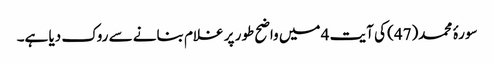
سورۂ محمد(47) کی آیت 4 میں واضح طور پر غلام بنانے سے روک دیا ہے۔